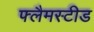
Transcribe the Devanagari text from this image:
फ्लैमस्टीड